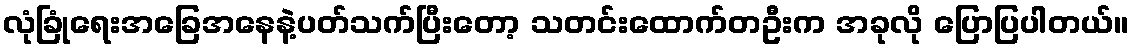
လုံခြုံရေးအခြေအနေနဲ့ပတ်သက်ပြီးတော့ သတင်းထောက်တဦးက အခုလို ပြောပြပါတယ်။